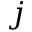
j